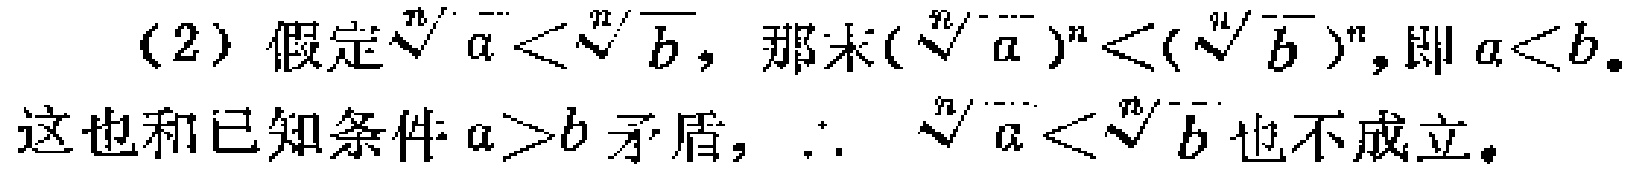
(2) 假定$\sqrt[n]{a}<\sqrt[n]{b}$，那么$(\sqrt[n]{a})^n<(\sqrt[n]{b})^n$，即$a < b$。

这也和已知条件$a>b$矛盾，$\therefore$ $\sqrt[n]{a}<\sqrt[n]{b}$也不成立。